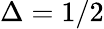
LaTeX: \Delta=1/2